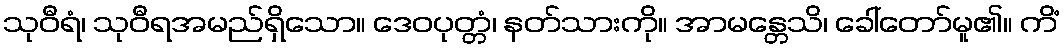
သုဝီရံ၊ သုဝီရအမည်ရှိသော။ ဒေဝပုတ္တံ၊ နတ်သားကို။ အာမန္တေသိ၊ ခေါ်တော်မူ၏။ ကိံ